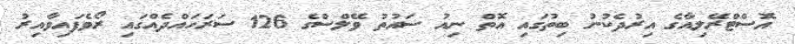
އޮސްޓްރޭލިއާގެ އިރުދެކުނު ބިތުގައި އޮތް ނިއު ސައުތު ވޭލްސްގެ 126 ސަރަހައްދެއްގައި ރޯވެފައިވާއިރު